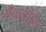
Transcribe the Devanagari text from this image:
मैक्लॉइड